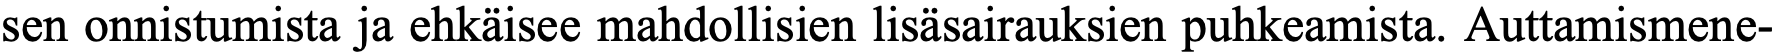
sen onnistumista ja ehkäisee mahdollisien lisäsairauksien puhkeamista. Auttamismene-